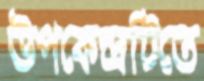
উপকেন্দ্রটিতে